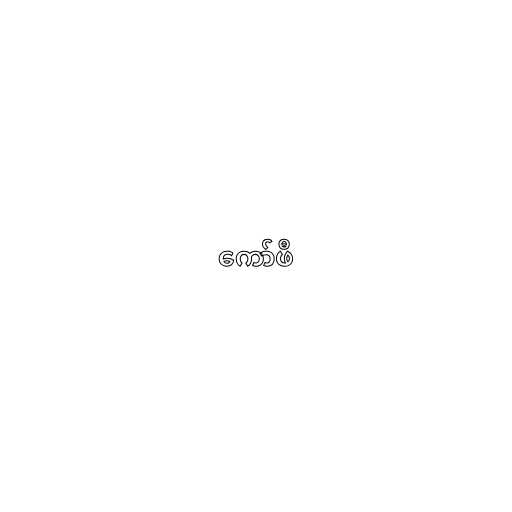
ကော်ဖီ